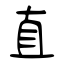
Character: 直